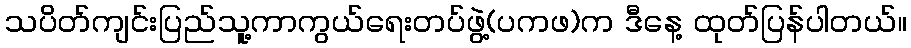
သပိတ်ကျင်းပြည်သူ့ကာကွယ်ရေးတပ်ဖွဲ့(ပကဖ)က ဒီနေ့ ထုတ်ပြန်ပါတယ်။